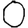
Digit: 0